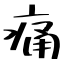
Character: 痛